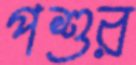
পশুর